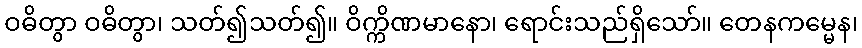
ဝဓိတွာ ဝဓိတွာ၊ သတ်၍သတ်၍။ ဝိက္ကိဏမာနော၊ ရောင်းသည်ရှိသော်။ တေနကမ္မေန၊